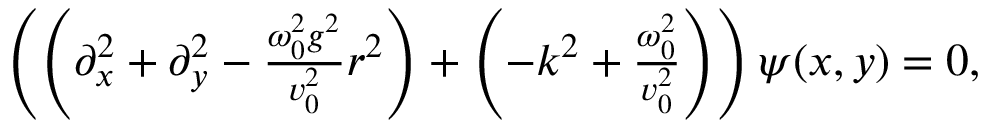
\begin{array} { r } { \left( \left( \partial _ { x } ^ { 2 } + \partial _ { y } ^ { 2 } - \frac { \omega _ { 0 } ^ { 2 } g ^ { 2 } } { v _ { 0 } ^ { 2 } } r ^ { 2 } \right) + \left( - k ^ { 2 } + \frac { \omega _ { 0 } ^ { 2 } } { v _ { 0 } ^ { 2 } } \right) \right) \psi ( x , y ) = 0 , } \end{array}